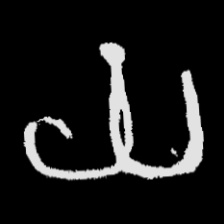
Pyu character \u2014 Myanmar letter: ယ (romanized: ya)